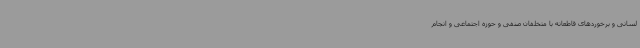
لسانی و برخوردهای قاطعانه با متخلفان صنفی و حوزه اجتماعی و انجام